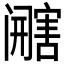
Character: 𰿿